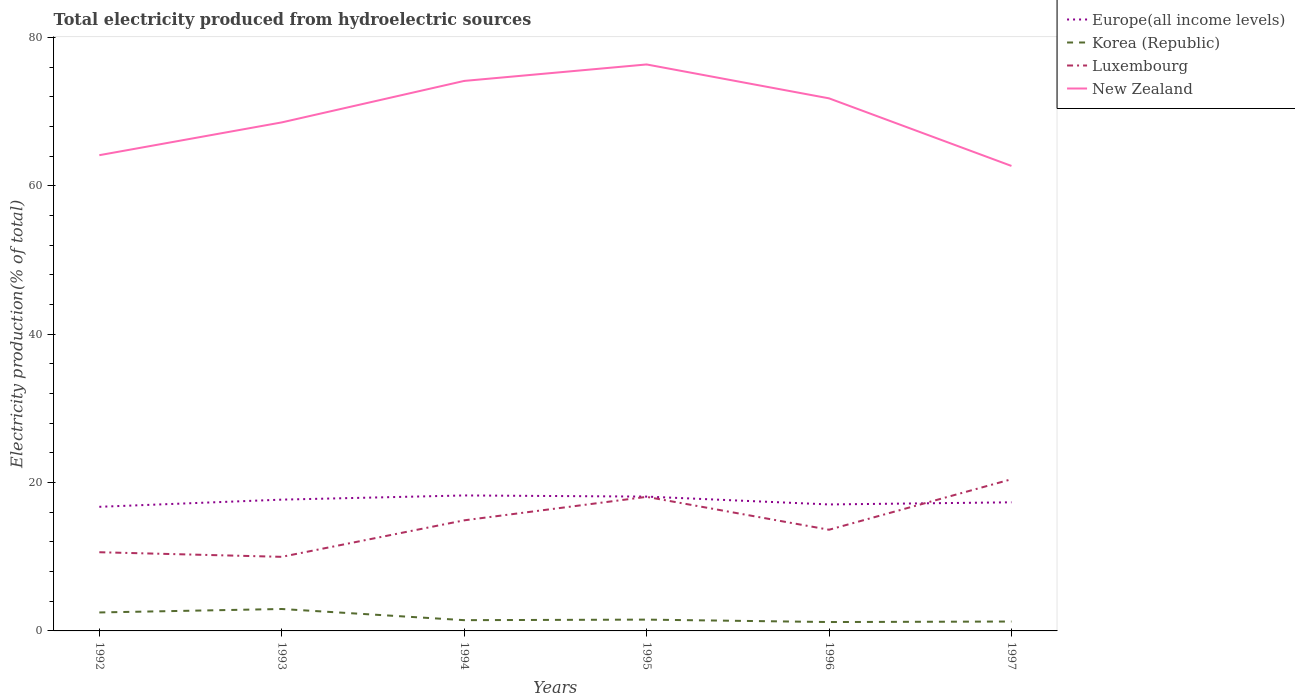
| Years | Europe(all income levels) | Korea (Republic) | Luxembourg | New Zealand |
 | --- | --- | --- | --- | --- |
 | 1992 | 16.7 | 2.49 | 10.6 | 64.1 |
 | 1993 | 17.7 | 2.96 | 9.99 | 68.5 |
 | 1994 | 18.3 | 1.45 | 14.9 | 74.1 |
 | 1995 | 18.1 | 1.52 | 18.1 | 76.3 |
 | 1996 | 17 | 1.2 | 13.6 | 71.8 |
 | 1997 | 17.3 | 1.27 | 20.4 | 62.7 |